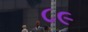
૮૯